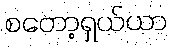
စတော့ရှယ်ယာ